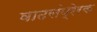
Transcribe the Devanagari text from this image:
वाढसंप्रेरक